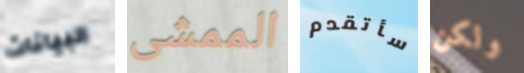
البيانات الممشى سأتقدم ولكن